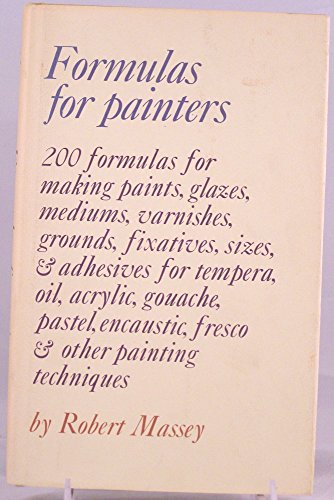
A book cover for Formulas for Painters. 200 Formulas for Making Paints, Glazes, Mediums, Varnishes, Grounds, Fixatives, Sizes & Adhesives for Tempera, Oil, Acrylic, Gouache, Pastel, Encaustic, Fresco & Other Painting Techniques; Robert Massey; Arts & Photography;